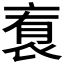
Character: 𬡑